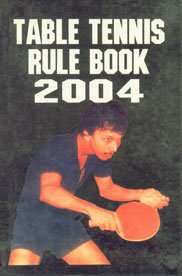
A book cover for Table Tennis 2009: Rule Book; Anoop Jain; Sports & Outdoors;